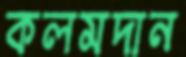
কলমদান